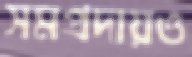
সমপ্রদায়ও